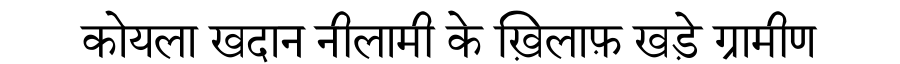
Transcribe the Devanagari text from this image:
कोयला खदान नीलामी के ख़िलाफ़ खड़े ग्रामीण